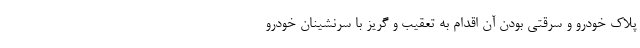
پلاک خودرو و سرقتی بودن آن اقدام به تعقیب و گریز با سرنشینان خودرو